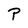
Character: P